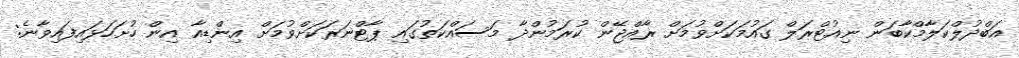
އަބްދުލްކަލާމްކާބަން ނިއުޓްރަލް ގައުމަކަށްވުމަށް ރާއްޖޭން ކުރަމުންދާ މަސައްކަތުގައި ޕާޓްނަރަކަށްވުމަށް އިންޑިއާ އިން ހުށަހަޅައިފައިވާނެ: